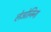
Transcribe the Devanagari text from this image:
लेओनिना